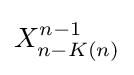
X_{n-K(n)}^{n-1}